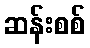
ဆန်းစစ်